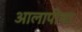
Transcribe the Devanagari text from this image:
आलापीचा